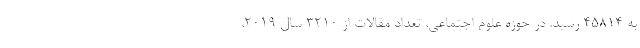
به ۴۵۸۱۴ رسید. در حوزه علوم اجتماعی، تعداد مقالات از ۳۲۱۰ سال ۲۰۱۹،